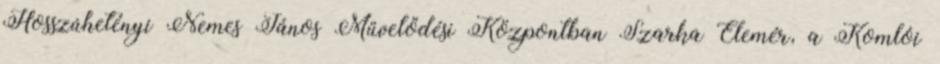
Hosszúhetényi Nemes János Művelődési Központban Szarka Elemér, a Komlói